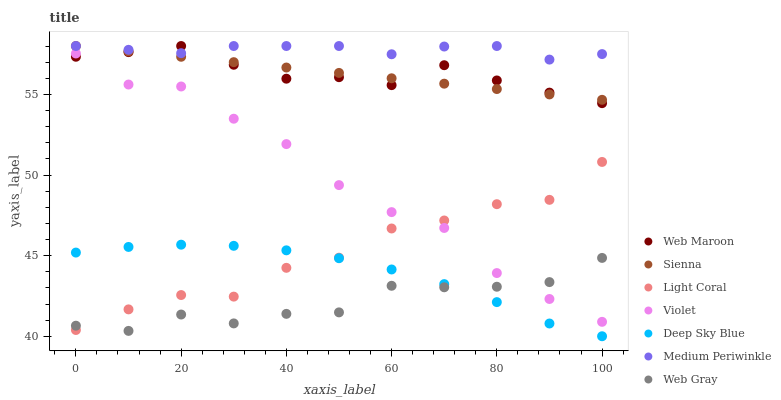
| xaxis_label | Web Maroon | Sienna | Light Coral | Violet | Deep Sky Blue | Medium Periwinkle | Web Gray |
 | --- | --- | --- | --- | --- | --- | --- | --- |
 | 0 | 57.3 | 58 | 40.4 | 57.5 | 45.2 | 58 | 40.7 |
 | 10 | 57.6 | 57.7 | 41.7 | 55.6 | 45.5 | 57.8 | 40.3 |
 | 20 | 58 | 57.3 | 42.6 | 55.5 | 45.7 | 57.6 | 41.3 |
 | 30 | 56.8 | 57 | 42.5 | 53.5 | 45.6 | 58 | 40.8 |
 | 40 | 56 | 56.7 | 44.2 | 51.9 | 45.3 | 58 | 41.4 |
 | 50 | 56.1 | 56.3 | 44.9 | 49.4 | 44.8 | 58 | 41.5 |
 | 60 | 55.6 | 56 | 46.7 | 47.7 | 44.1 | 57.5 | 43.1 |
 | 70 | 56.8 | 55.7 | 47.2 | 46.7 | 43.2 | 58 | 43 |
 | 80 | 55.9 | 55.3 | 48.2 | 43.9 | 42.1 | 58 | 43.1 |
 | 90 | 55.1 | 55 | 48.5 | 42.3 | 40.8 | 57.2 | 43.4 |
 | 100 | 54.5 | 54.7 | 50.8 | 40.9 | 40 | 57.5 | 44.9 |